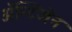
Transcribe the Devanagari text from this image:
अॅन्टिजेन